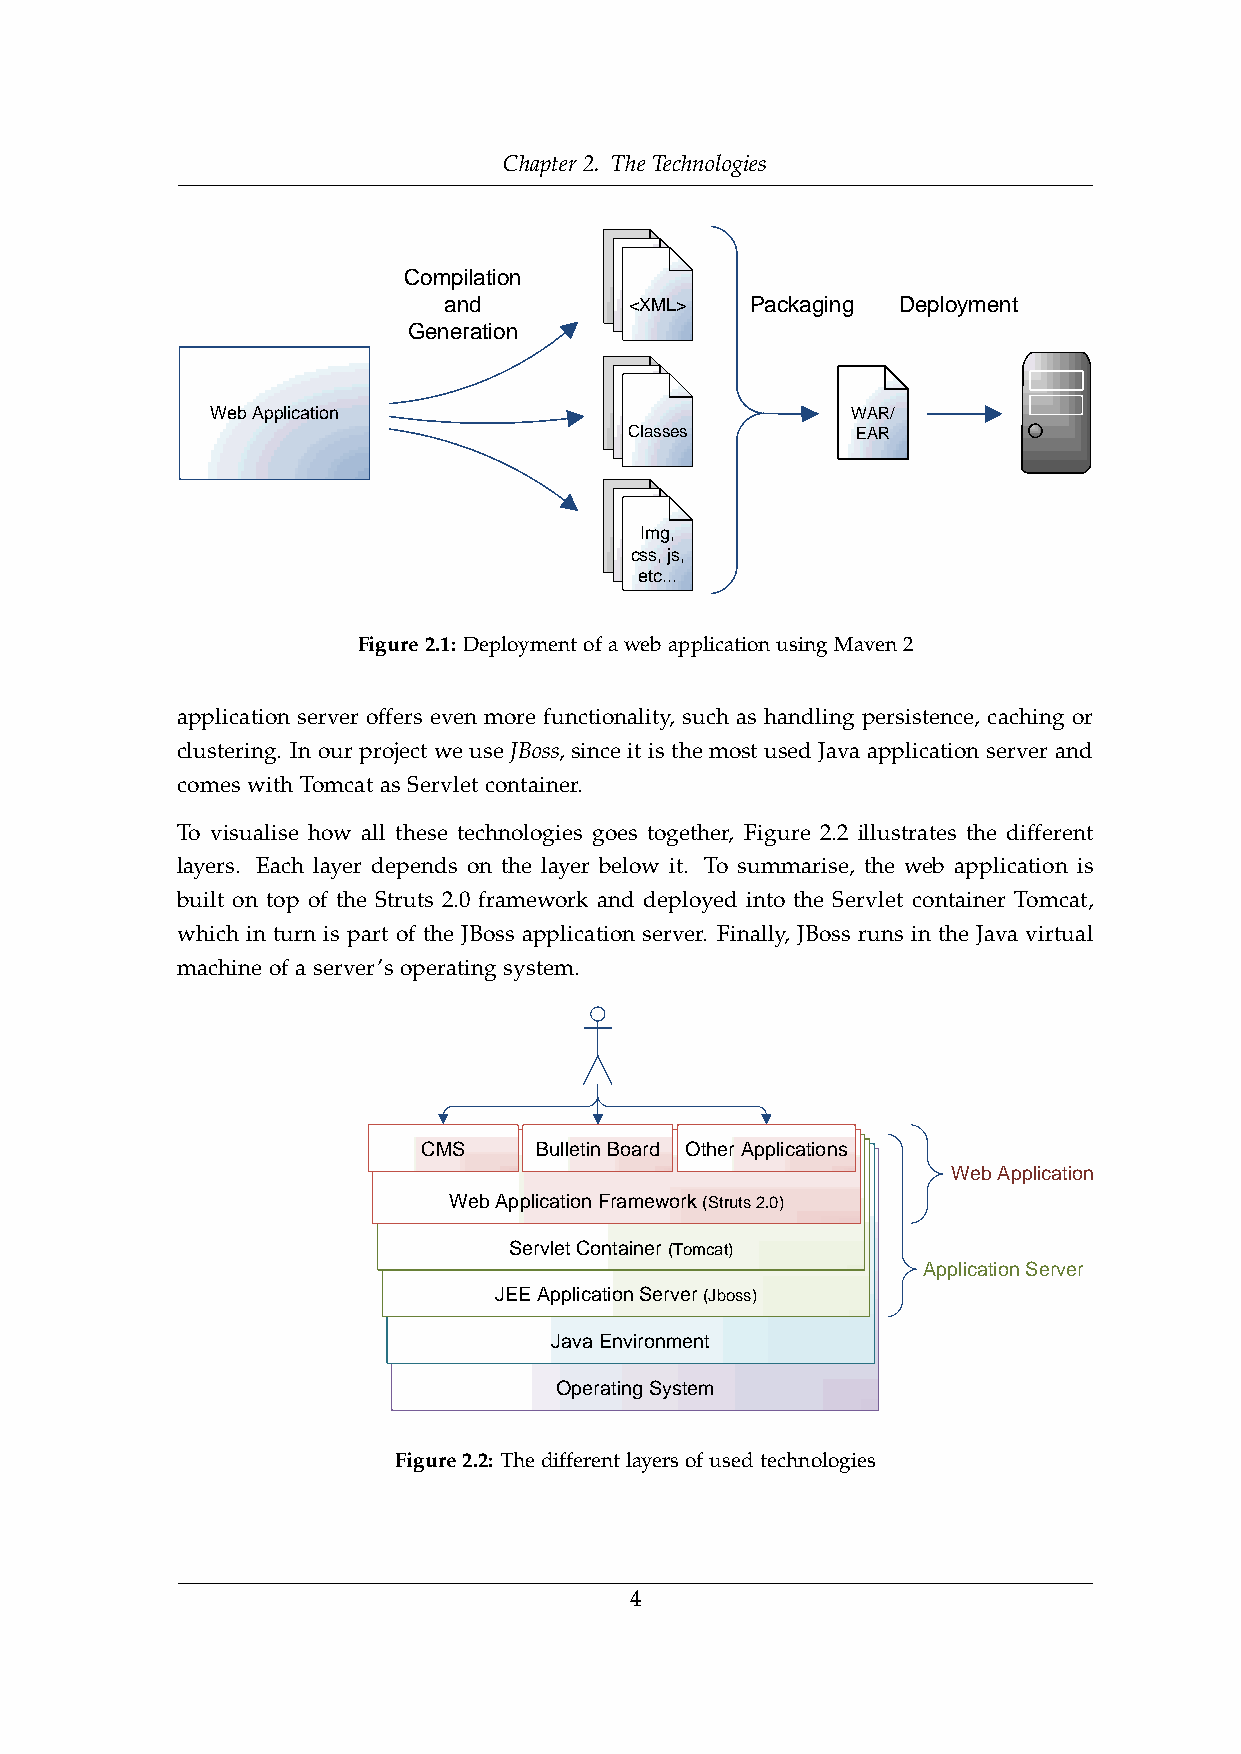
Chapter 2. The Technologies
 Compilation
 and          <XML>   Packaging Deployment
 Generation
 Web Application                           WAR/
 Classes        EAR
 Img,
 css, js,
 etc...
 Figure2.1: DeploymentofawebapplicationusingMaven2
 application server offers even more functionality, such as handling persistence, caching or
 clustering. In our project we use JBoss, since it is the most used Java application server and
 comes with Tomcat as Servlet container.
 To visualise how all these technologies goes together, Figure 2.2 illustrates the different
 layers. Each layer depends on the layer below it. To summarise, the web application is
 built on top of the Struts 2.0 framework and deployed into the Servlet container Tomcat,
 which in turn is part of the JBoss application server. Finally, JBoss runs in the Java virtual
 machine of a server’s operating system.
 CMS    Bulletin Board Other Applications
 Web Application
 Web Application Framework (Struts 2.0)
 Servlet Container (Tomcat)
 Application Server
 JEE Application Server (Jboss)
 Java Environment
 Operating System
 Figure2.2: Thedifferentlayersofusedtechnologies
 4